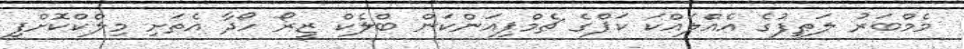
މެމްބަރު ލަޠީފުގެ އެއްލައްކަ ކަޕްގެ ޗެމްޕިއަންކަން ބްލެކް ޒީރޯ ހޯދާ އެތަށި މިލްކްކޮށްފި